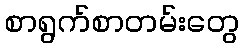
စာရွက်စာတမ်းတွေ